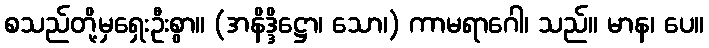
စသည်တို့မှရှေးဦးစွာ။ (အနိဒ္ဒိဋ္ဌော၊ သော၊) ကာမရာဂေါ၊ သည်။ မာန၊ ပေ။